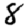
Digit: 8